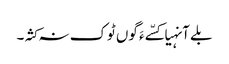
بلے آنہیا کسّے ءَ گوں ٹوک نہ کثہ۔